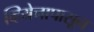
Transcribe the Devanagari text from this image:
व्हियेनापासून